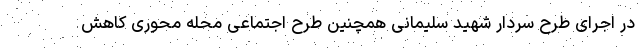
در اجرای طرح سردار شهید سلیمانی همچنین طرح اجتماعی محله محوری کاهش